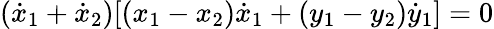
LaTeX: ({\dot{x}}_{1}+{\dot{x}}_{2})[(x_{1}-x_{2}){\dot{x}}_{1}+(y_{1}-y_{2}){\dot{y}}_{1}]=0